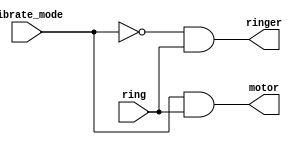
//2022_10_31 kerong
//Ring or vibrate
module top_module (
    input ring,
    input vibrate_mode,
    output ringer,       // Make sound
    output motor         // Vibrate
);

assign ringer =  ~vibrate_mode & ring;
assign motor  = vibrate_mode   & ring;

endmodule